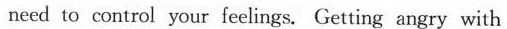
need to control your feelings. Getting angry with